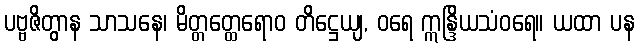
ပဗ္ဗဇိတွာန သာသနေ၊ မိတ္တတ္ထေရောဝ တိဋ္ဌေယျ, ဝရေ ဣန္ဒြိယသံဝရေ။ ယထာ ပန